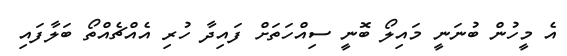
އެ މީހުން ބުނަނީ މައިލޯ ބޮނީ ސިއްހަތަށް ފައިދާ ހުރި އެއްޗެއްތޯ ބަލާފައި